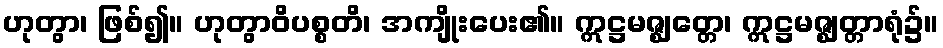
ဟုတွာ၊ ဖြစ်၍။ ဟုတွာဝိပစ္စတိ၊ အကျိုးပေး၏။ ဣဋ္ဌမဇ္ဈတ္တေ၊ ဣဋ္ဌမဇ္ဈတ္တာရုံ၌။